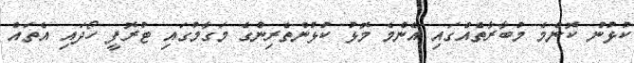
ކުޅުނު ކޮންމެ މުބާރާތެއްގައި އެންމެ މޮޅު ކުޅުންތެރިންގެ މަގާމުގައި ޓުރޮފީ ހޯދައި އެތައް